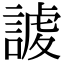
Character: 𧩅